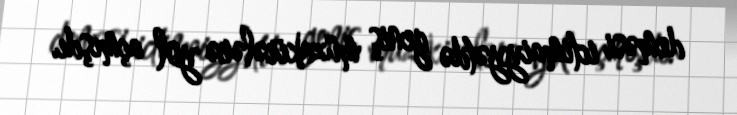
deməsi ictimaiyyətdə geniş müzakirələrə yol açmışdı.